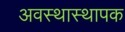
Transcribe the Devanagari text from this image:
अवस्थास्थापक